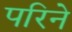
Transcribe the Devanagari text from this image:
परिने